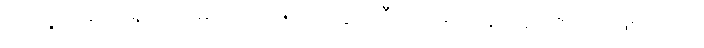
ထိုသို့သဘောရှိသောမင်းသည်။ ပေါက္ခရဏီသု၊ ရေကန်တို့၌။ ဇာတံ၊ ဖြစ်သော။